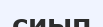
сиып